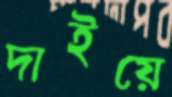
দাইয়ে